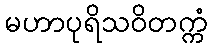
မဟာပုရိသဝိတက္ကံ